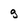
Character: g